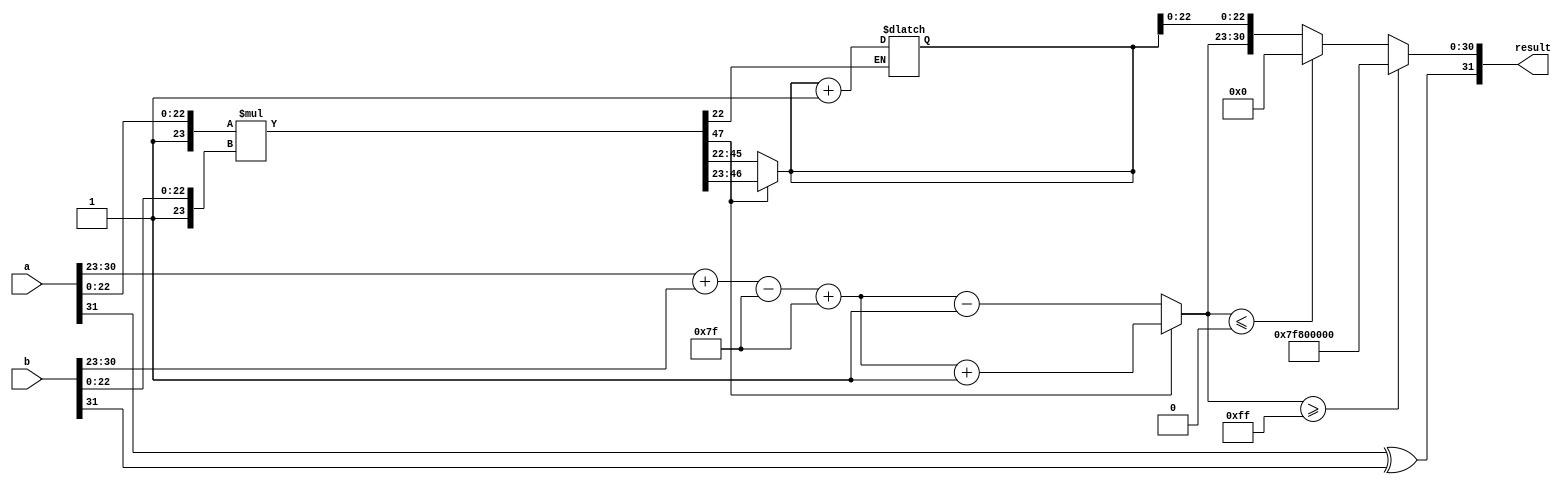
module fp_multiplier (
    input [31:0] a,     // First input floating-point number
    input [31:0] b,     // Second input floating-point number
    output reg [31:0] result // Output floating-point number
);

    // IEEE 754 components
    wire sign_a = a[31];
    wire sign_b = b[31];
    
    wire [7:0] exponent_a = a[30:23];
    wire [7:0] exponent_b = b[30:23];
    
    wire [23:0] mantissa_a = {1'b1, a[22:0]}; // Implicit leading 1
    wire [23:0] mantissa_b = {1'b1, b[22:0]}; // Implicit leading 1
    
    wire [47:0] mantissa_product; // 24-bit * 24-bit = 48-bit product
    
    // Calculate the signs
    wire result_sign = sign_a ^ sign_b;

    // Exponent calculation
    wire [8:0] exponent_sum = {1'b0, exponent_a} + {1'b0, exponent_b} - 8'd127; // Adjusted sum
    wire [7:0] biased_exponent = exponent_sum + 8'd127; // Add bias back
    
    // Mantissa multiplication
    assign mantissa_product = mantissa_a * mantissa_b;
    
    // Normalization
    reg [23:0] normalized_mantissa;
    reg [7:0] final_exponent;
    
    always @(*) begin
        if (mantissa_product[47]) begin // If the product is greater than or equal to 1
            // Normalized product
            normalized_mantissa = mantissa_product[46:23]; // Shift right
            final_exponent = biased_exponent + 1;            // Increase exponent
        end else begin
            // Denormalized product, perform left shift
            normalized_mantissa = mantissa_product[45:22]; // Shift left
            final_exponent = biased_exponent - 1;           // Decrease exponent
        end
    end

    // Rounding (Round to nearest, ties to even)
    reg round_bit;
    always @(*) begin
        round_bit = mantissa_product[22]; // Get the bit for rounding
    end
    
    // Final mantissa adjustment with rounding
    always @(*) begin
        if (round_bit) begin
            normalized_mantissa = normalized_mantissa + 1; // Round up
        end
    end

    // Overflow and Underflow handling
    always @(*) begin
        if (final_exponent >= 8'd255) begin
            // Overflow case, set to infinity
            result = {result_sign, 8'hFF, 23'b0};
        end else if (final_exponent <= 0) begin
            // Underflow case, set to zero
            result = {result_sign, 8'b0, 23'b0};
        end else begin
            // Normal case
            result = {result_sign, final_exponent[7:0], normalized_mantissa[22:0]};
        end
    end

endmodule